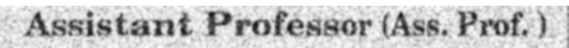
Assistant Professor (Ass. Prof. )